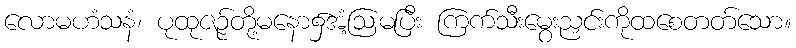
လောမဟံသနံ၊ ပုထုဇဉ်တို့မနော၌အံ့ဩမပြီး ကြက်သီးမွေးညှင်းကိုထစေတတ်သော။